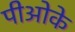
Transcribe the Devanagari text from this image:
पीओके